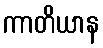
ကာတိယာန